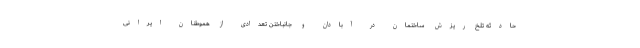
حادثه تلخ ریزش ساختمان در آبادان و جانباختن تعدادی از هموطنان ایرانی